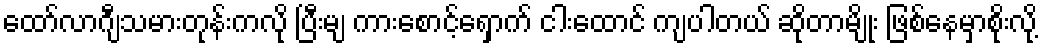
ထော်လာဂျီသမားတုန်းကလို ပြီးမျ ကားစောင့်ရှောက် ငါးထောင် ကျပါတယ် ဆိုတာမျိုး ဖြစ်နေမှာစိုးလို့